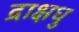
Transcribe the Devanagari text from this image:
द्राक्षधु